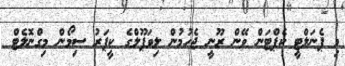
މި ޕެނަލްޓީ ކެޕްޓަން ވޭން ރޫނީ ޖެހުމުން ލިވަޕޫލްގެ ކީޕަރު ސިމޯން މިގްނޮލެޓް